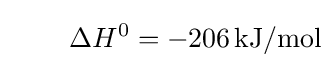
\qquad \Delta H^{0}=-206\,\mathrm {kJ/mol}